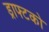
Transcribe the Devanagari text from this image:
ड्राफ्टको